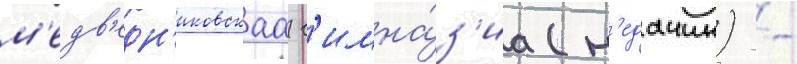
м'едв'едн'иковскаа г'имна́з'иа (н'едачин) -